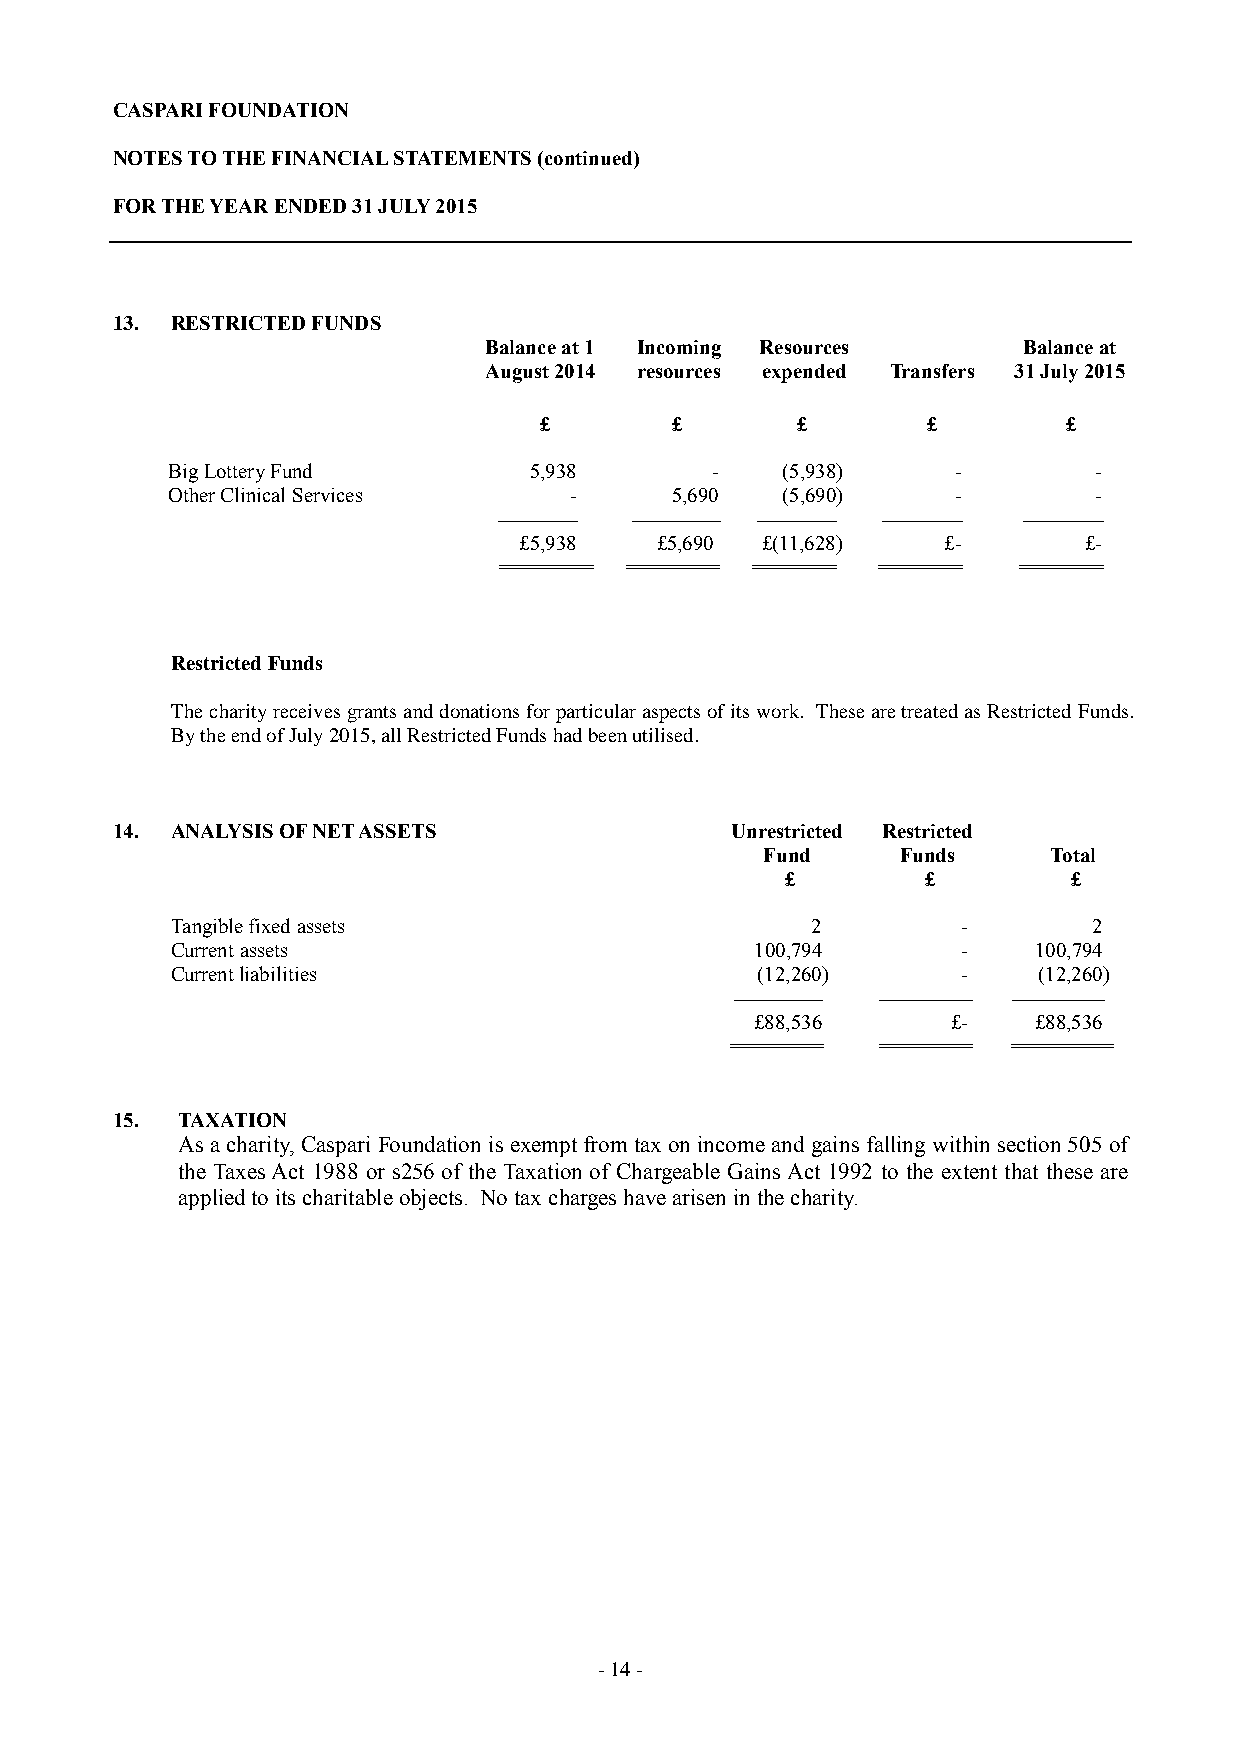
CASPARI FOUNDATION
 NOTES TO THE FINANCIAL STATEMENTS (continued)
 FOR THE YEAR ENDED 31 JULY 2015
 13. RESTRICTED FUNDS
 Balance at 1 Incoming Resources     Balance at
 August 2014 resources expended Transfers 31 July 2015
 £       £        £       £         £
 Big Lottery Fund        5,938       -    (5,938)    -        -
 Other Clinical Services    -     5,690   (5,690)    -        -
 ------------------ -------------------- ------------------ ------------------ ------------------
 £5,938   £5,690 £(11,628)   £-        £-
 ========== ========== ========= ========= =========
 Restricted Funds
 The charity receives grants and donations for particular aspects of its work. These are treated as Restricted Funds.
 By the end of July 2015, all Restricted Funds had been utilised.
 14. ANALYSIS OF NET ASSETS               Unrestricted Restricted
 Fund     Funds    Total
 £        £         £
 Tangible fixed assets                      2         -       2
 Current assets                         100,794       -   100,794
 Current liabilities                    (12,260)      -    (12,260)
 -------------------- --------------------- ---------------------
 £88,536      £-   £88,536
 ========== ========== ===========
 15.  TAXATION
 As a charity, Caspari Foundation is exempt from tax on income and gains falling within section 505 of
 the Taxes Act 1988 or s256 of the Taxation of Chargeable Gains Act 1992 to the extent that these are
 applied to its charitable objects. No tax charges have arisen in the charity.
 - 14 -